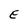
Character: E